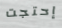
إحتجت